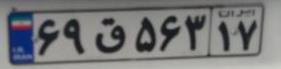
۶۹ق۵۶۳۱۷